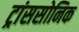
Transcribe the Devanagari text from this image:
ट्रांससोनिक